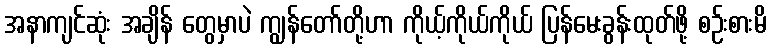
အနာကျင်ဆုံး အချိန် တွေမှာပဲ ကျွန်တော်တို့ဟာ ကိုယ့်ကိုယ်ကိုယ် ပြန်မေးခွန်းထုတ်ဖို့ စဉ်းစားမိ